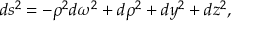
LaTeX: d s ^ { 2 } = - \rho ^ { 2 } d \omega ^ { 2 } + d \rho ^ { 2 } + d y ^ { 2 } + d z ^ { 2 } ,